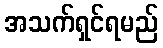
အသက်ရှင်ရမည်